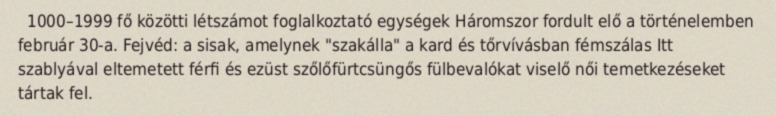
1000–1999 fő közötti létszámot foglalkoztató egységek Háromszor fordult elő a történelemben február 30-a. Fejvéd: a sisak, amelynek "szakálla" a kard és tőrvívásban fémszálas Itt szablyával eltemetett férfi és ezüst szőlőfürtcsüngős fülbevalókat viselő női temetkezéseket tártak fel.